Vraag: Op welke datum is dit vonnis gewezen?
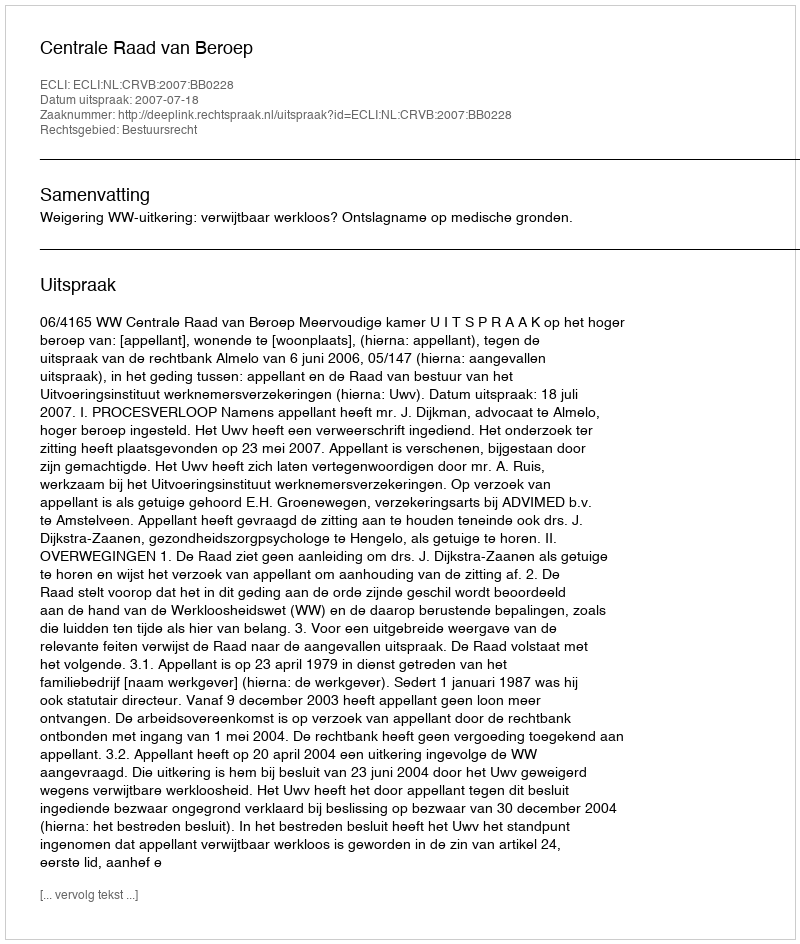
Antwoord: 2007-07-18